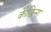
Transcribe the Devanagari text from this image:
केछिन्ग